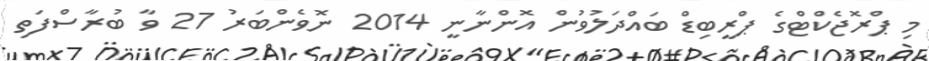
މި ޕްރޮޖެކްޓްގެ ޕްރީބިޑް ބައްދަލުވުން އޮންނާނީ 2014 ނޮވެންބަރު 27 ވާ ބުރާސްފަތި